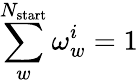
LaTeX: \sum_{w}^{N_{\mathrm{start}}}\omega_{w}^{i}=1